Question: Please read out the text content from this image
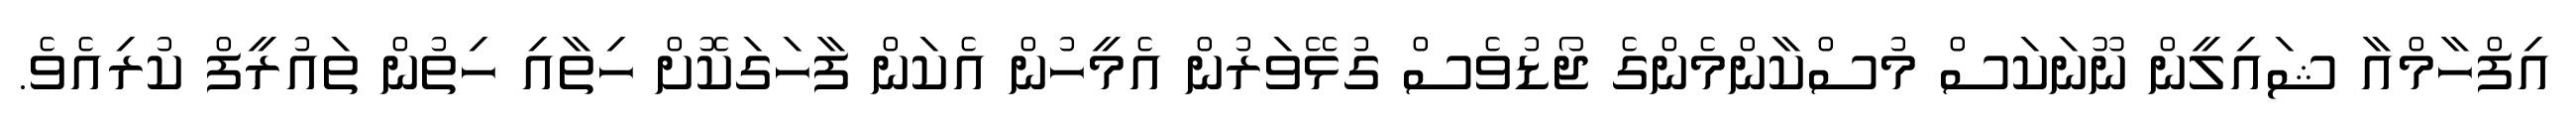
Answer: އިފްހާމްއާ ޝައިލީން ނޫނަކަސް މުސްކާންމެންގެ ޖޯޑުވެސް ގުޅޭވަރުން އެމީހުން އެކަން ފާހަގަކޮށް ހިތާއި ހިތުން ތައުރީފް ކުރިއެވެ.